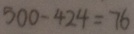
3 0 0 - 4 2 4 = 7 6